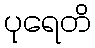
ပုရေတိ